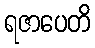
ရဇာပေတိ